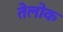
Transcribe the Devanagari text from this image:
तेलोक